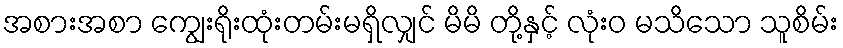
အစားအစာ ကျွေးရိုးထုံးတမ်းမရှိလျှင် မိမိ တို့နှင့် လုံးဝ မသိသော သူစိမ်း